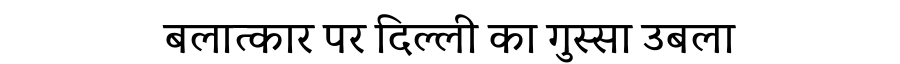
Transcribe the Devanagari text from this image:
बलात्कार पर दिल्ली का गुस्सा उबला